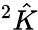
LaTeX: ^{2}{\hat{K}}